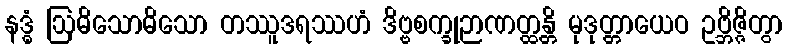
နဒ္ဓံ ဩဓိသောဓိသော တဿူဒရဿဟံ ဒိဗ္ဗစက္ခုဉာဏတ္ထန္တိ မုဒုတ္တာယေဝ ဥဗ္ဘိဇ္ဇိတွာ